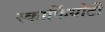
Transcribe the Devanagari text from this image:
स्कार्फियोटी